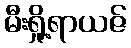
မီးရှို့ရာယဇ်